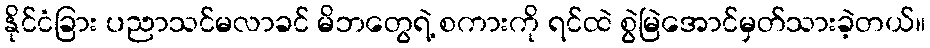
နိုင်ငံခြား ပညာသင်မလာခင် မိဘတွေရဲ့ စကားကို ရင်ထဲ စွဲမြဲအောင်မှတ်သားခဲ့တယ်။